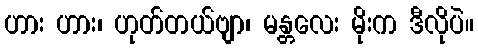
ဟား ဟား၊ ဟုတ်တယ်ဗျာ၊ မန္တလေး မိုးက ဒီလိုပဲ။